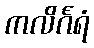
ကလိင်္ဂရံ